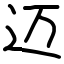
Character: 迈